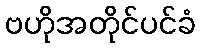
ဗဟိုအတိုင်ပင်ခံ